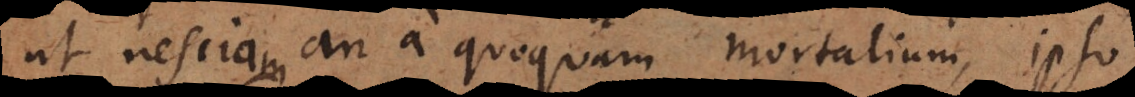
ut nesciam an a quoquam mortalium, ipso